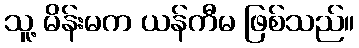
သူ့ မိန်းမက ယန်ကီမ ဖြစ်သည်။